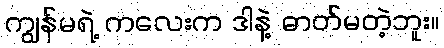
ကျွန်မရဲ့ ကလေးက ဒါနဲ့ ဓာတ်မတဲ့ဘူး။